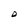
Character: D